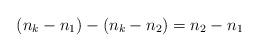
LaTeX: \begin{align*}(n_{k}-n_{1})-(n_{k}-n_2)=n_2-n_1\end{align*}